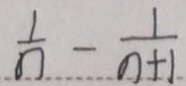
\frac { 1 } { n } - \frac { 1 } { n + 1 }